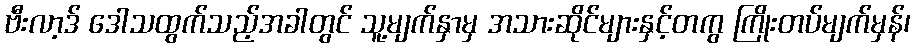
ဗီးလာ့ဒ် ဒေါသထွက်သည့်အခါတွင် သူ့မျက်နှာမှ အသားဆိုင်များနှင့်တကွ ကြိုးတပ်မျက်မှန်၊